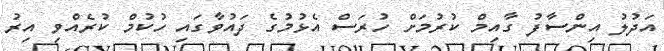
އަދުލު އިންސާފު ގާއިމް ކުރުމަށް ހުރަސް އެޅުމުގެ ދައުވާގައި ހުކުމް ކުރެއްވި އިރު